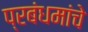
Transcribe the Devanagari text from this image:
प्रबंधमांचे